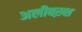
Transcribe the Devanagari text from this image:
अलीबख़्श